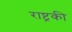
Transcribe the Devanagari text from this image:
राष्ट्रकी